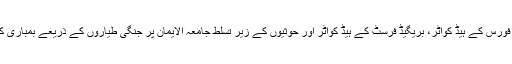
صنعاء کے قریب فج عطان میں میزائل اڈے، اسپیشل کمانڈو فورس کے ہیڈ کواٹر، بریگیڈ فرسٹ کے ہیڈ کواٹر اور حوثیوں کے زیر تسلط جامعہ الایمان پر جنگی طیاروں کے ذریعے بمباری کی گئی اور دشمن کو بھاری جانی نقصان سے دوچار کیا گیا۔